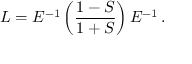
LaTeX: L = E ^ { - 1 } \left( \frac { 1 - S } { 1 + S } \right) E ^ { - 1 } \, .